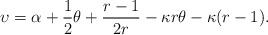
LaTeX: \begin{align*}\upsilon = \alpha + \frac{1}{2} \theta + \frac{r-1}{2r} - \kappa r \theta - \kappa(r-1).\end{align*}